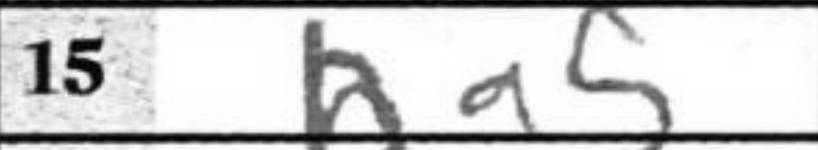
Transcription: Ra5